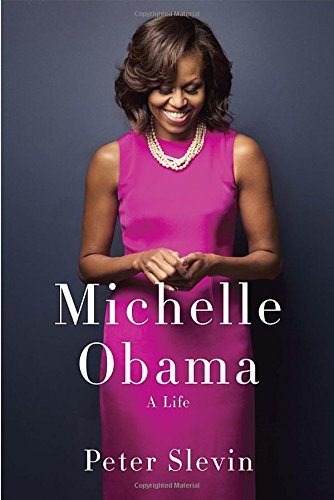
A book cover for Michelle Obama: A Life; Peter Slevin; Biographies & Memoirs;